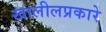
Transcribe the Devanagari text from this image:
खालीलप्रकारे